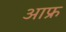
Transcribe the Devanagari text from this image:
आफ्र